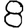
Digit: 8